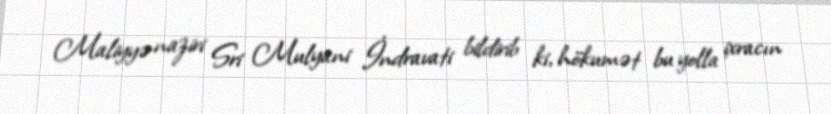
Maliyyə naziri Sri Mulyani İndravati bildirib ki, hökumət bu yolla ixracın